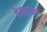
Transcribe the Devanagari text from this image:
देवतांकडे